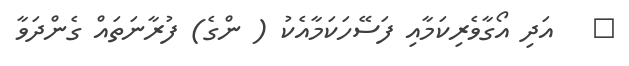
٢   އަދި އޯގާވެރިކަމާއި ފަސޭހަކަމާއެކު ( ންގެ) ފުރާނަތައް ގެންދަވާ